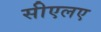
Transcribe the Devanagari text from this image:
सीएलए